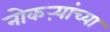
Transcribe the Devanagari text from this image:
नोकऱ्यांच्या